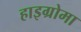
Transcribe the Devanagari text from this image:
हाइग्रोमा